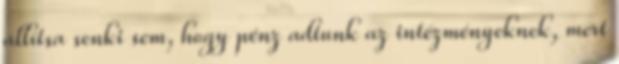
állítsa senki sem, hogy pénz adtunk az intézményeknek, mert